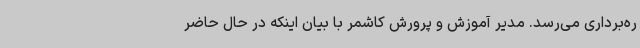
ره‌برداری می‌رسد. مدیر آموزش‌ و پرورش کاشمر با بیان اینکه در حال حاضر